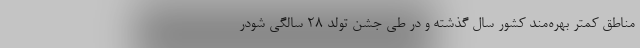
مناطق کمتر بهره‌مند کشور سال گذشته و در طی جشن تولد ۲۸ سالگی شودر